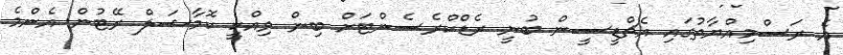
އެ ރަސްމިއްޔާތުގައި އެޗްޑީސީން ބުނީ ރެޑްކްރެސެންޓަށް ބިން ވިއްކީ ކޮމާޝަލް ރޭޓުން އެންމެ